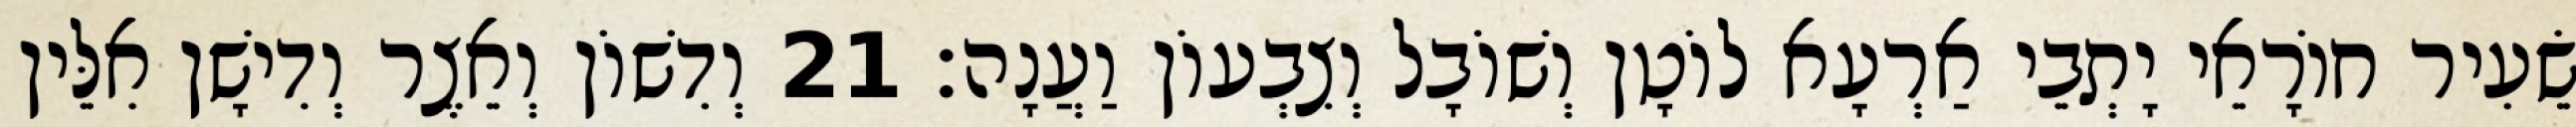
שֵׂעִיר חוֹרָאֵי יָתְבֵי אַרְעָא לוֹטָן וְשׁוֹבָל וְצִבְעוֹן וַעֲנָה׃ 21 וְדִשׁוֹן וְאֵצֶר וְדִישָׁן אִלֵּין